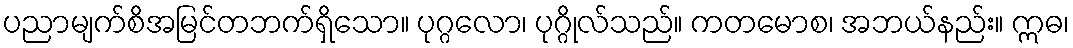
ပညာမျက်စိအမြင်တဘက်ရှိသော။ ပုဂ္ဂလော၊ ပုဂ္ဂိုလ်သည်။ ကတမောစ၊ အဘယ်နည်း။ ဣဓ၊